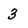
Character: 3